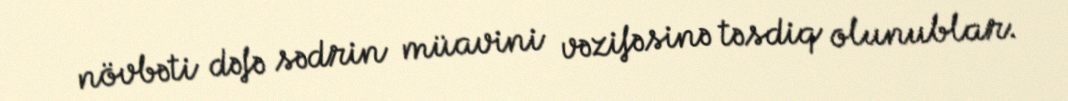
növbəti dəfə sədrin müavini vəzifəsinə təsdiq olunublar.